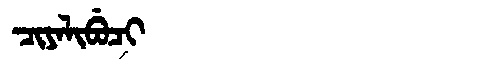
Manchu: ᠴᡳᠶᠠᠯᡳᠪᡠᠴᡳ
Romanization: CIYALIBUCI